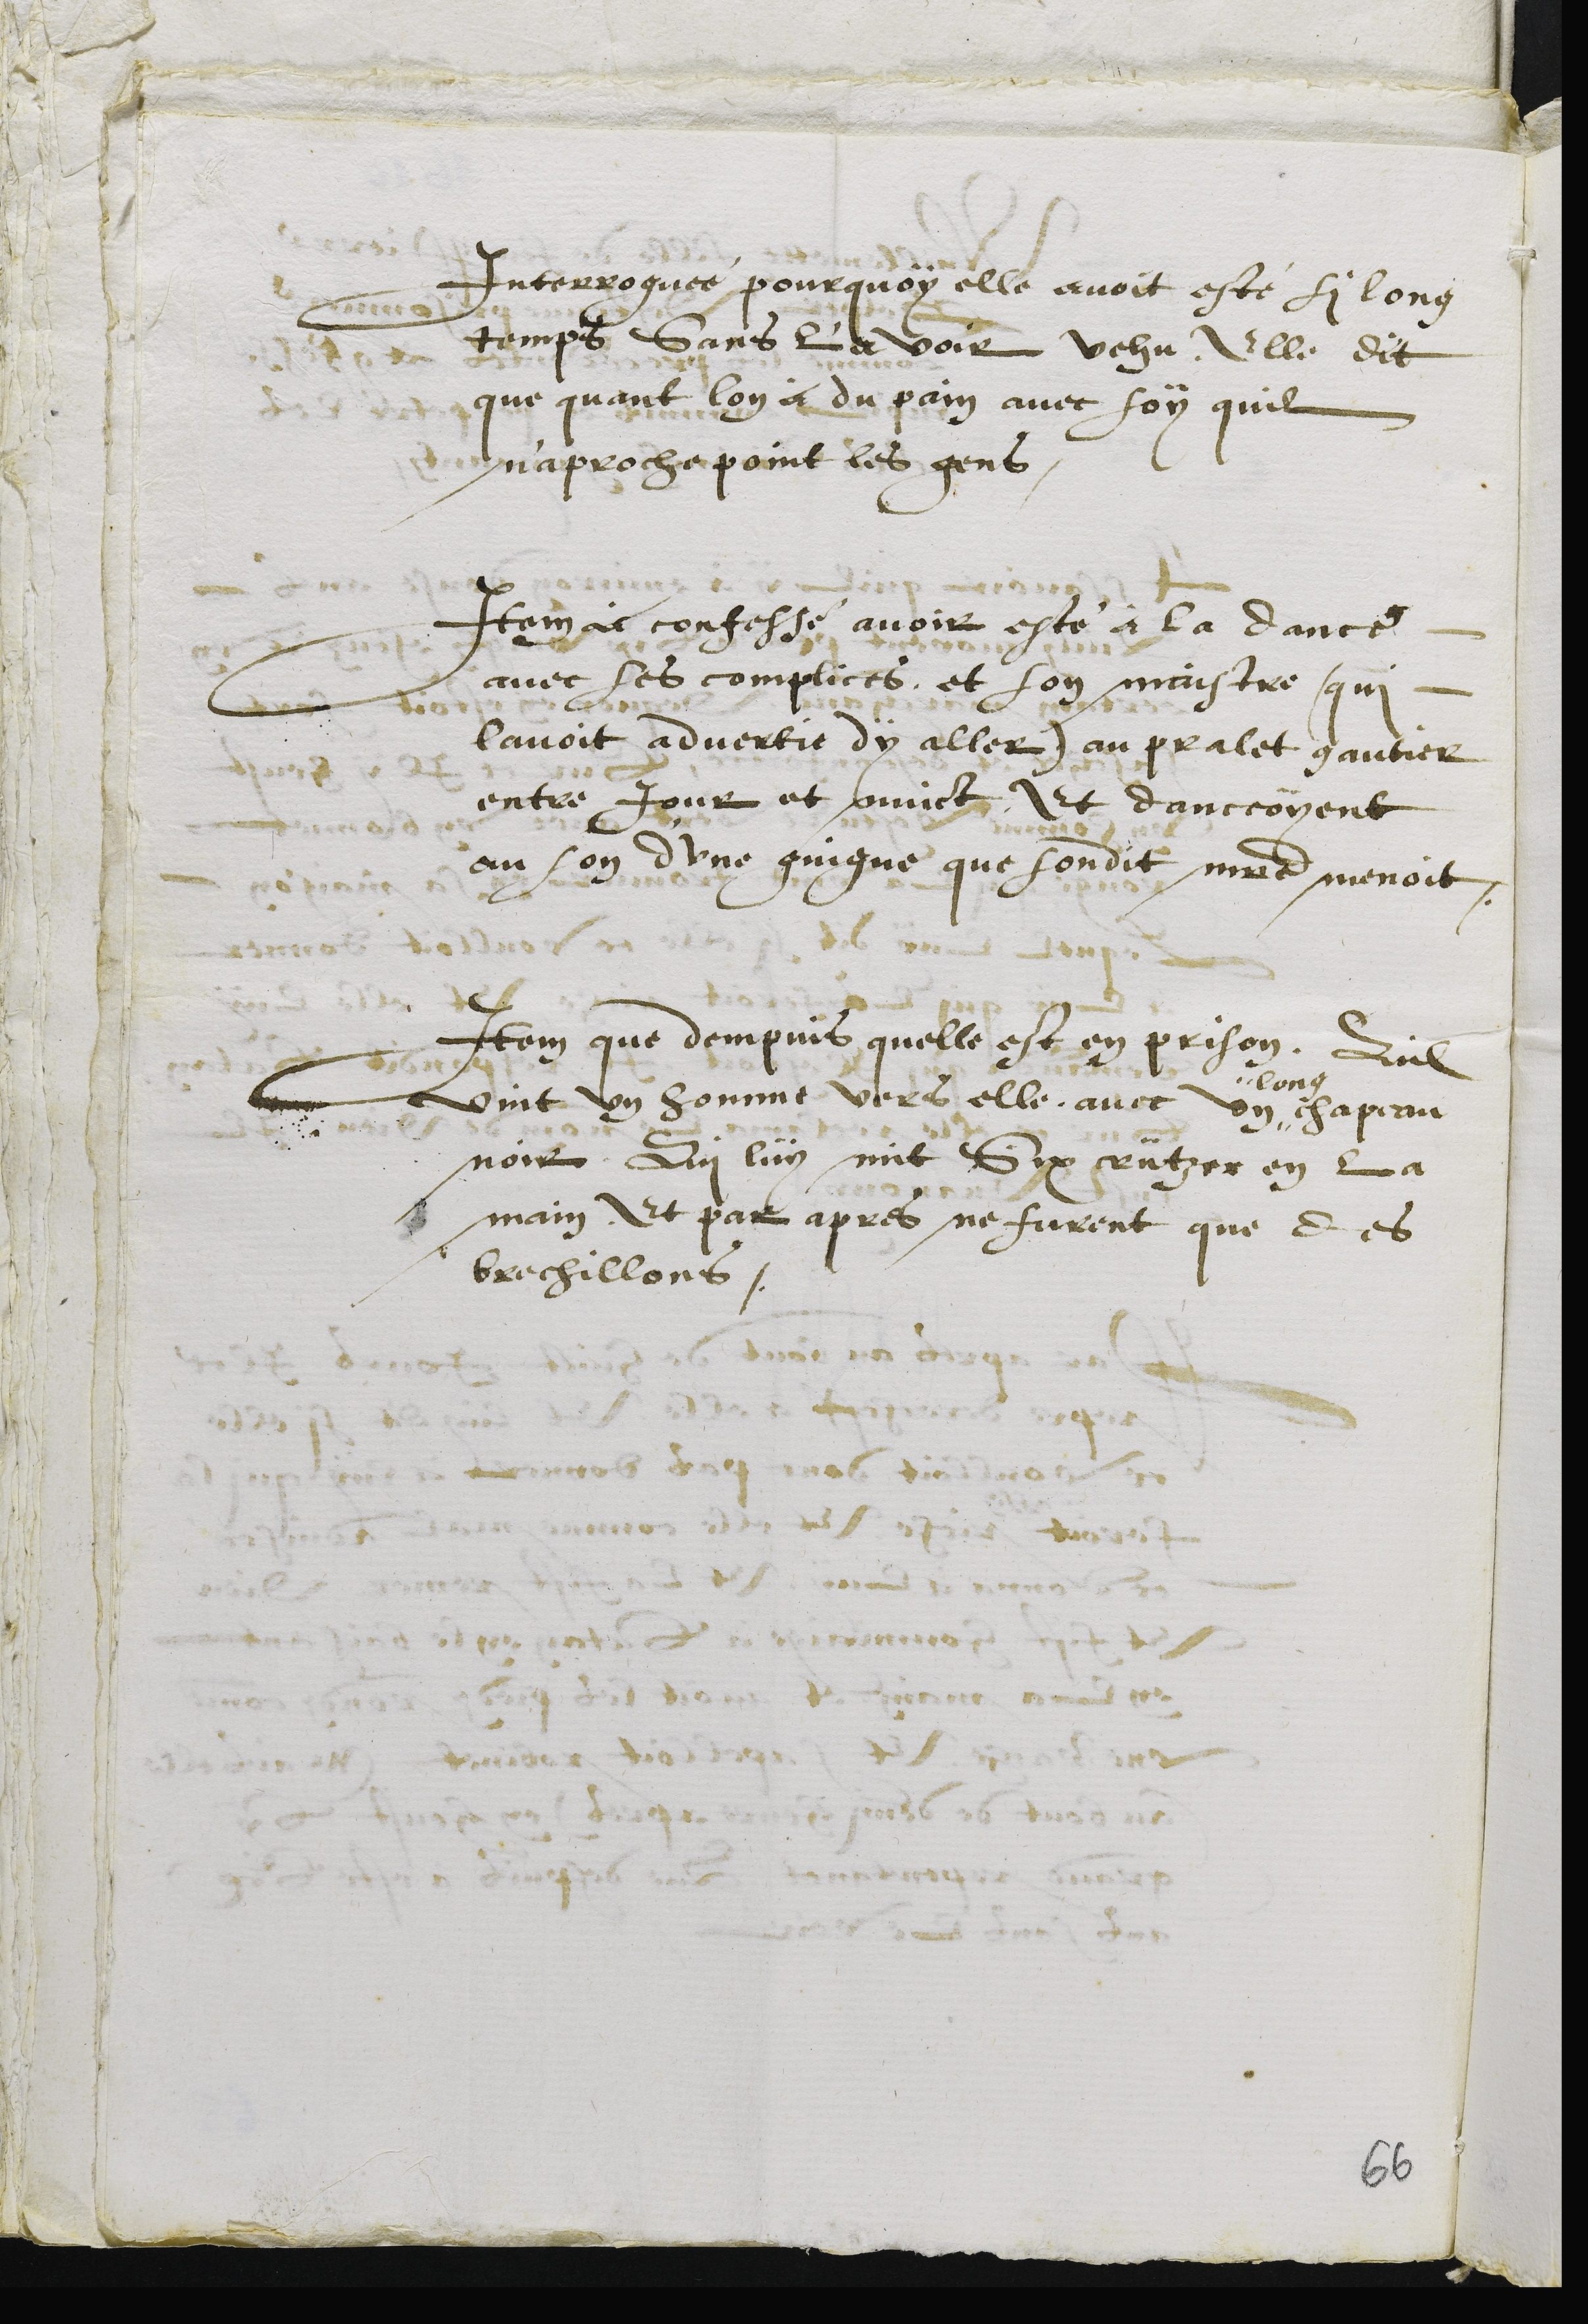
Interroguée pourquoy elle avoit esté si long
temps sans l'a voir vehu. Elle dit
que quant lon à du pain avec soy quil
n'aproche point les gens
Item a confessé avoir esté à la dance
avec ses complices, et son maistre (qui
lavoit advertie dy aller) au pralet gautier
entre jour et nuict, Et danceoyent
au son d’une guigne que sondit maitre menoit.
Item que dempuis quelle est en prison, Quil
vint un homme vers elle avec un
long
chapeau
noir, qui luy mit Six crützer en la
main. Et par apres ne furent que des
brechillons

66